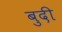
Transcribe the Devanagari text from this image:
बुदी